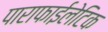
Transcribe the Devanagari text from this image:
पाराफाईलेटिक